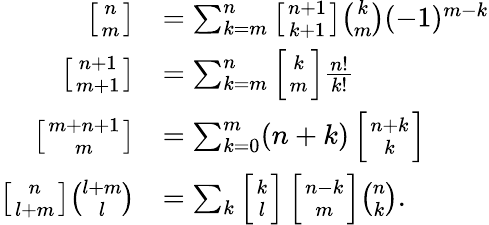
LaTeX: {\begin{array}{rl}{\left[{n\atop m}\right]}&{=\sum_{k=m}^{n}\left[{n+1\atop k+1}\right]{\binom{k}{m}}(-1)^{m-k}}\\ {\left[{n+1\atop m+1}\right]}&{=\sum_{k=m}^{n}\left[{k\atop m}\right]{\frac{n!}{k!}}}\\ {\left[{m+n+1\atop m}\right]}&{=\sum_{k=0}^{m}(n+k)\left[{n+k\atop k}\right]}\\ {\left[{n\atop l+m}\right]{\binom{l+m}{l}}}&{=\sum_{k}\left[{k\atop l}\right]\left[{n-k\atop m}\right]{\binom{n}{k}}.}\end{array}}